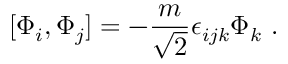
[ \Phi _ { i } , \Phi _ { j } ] = - \frac { m } { \sqrt 2 } \epsilon _ { i j k } \Phi _ { k } \ .